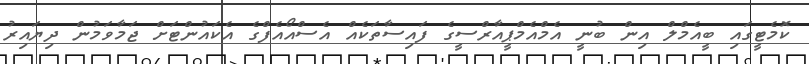
ކޮމެޓީގައި ބީއެމްލް އިން ބުނީ އެމްއެމްޕީއާރްސީގެ ފައިސާތަކެއް އެސްއޯއެފްގެ އެކައުންޓަށް ޖަމާވަމުން ދިޔައިރު